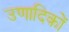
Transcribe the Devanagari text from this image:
उणादिकों